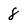
Character: 8